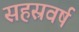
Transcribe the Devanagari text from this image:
सहस्रवर्ष